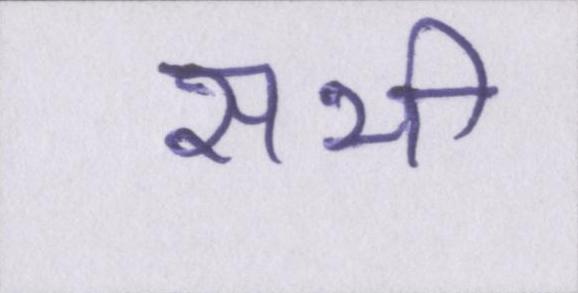
सभी